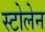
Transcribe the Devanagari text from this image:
स्टोलेन